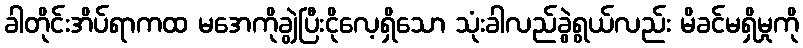
ခါတိုင်းအိပ်ရာကထ မအေကိုချွဲပြီးငိုလေ့ရှိသော သုံးခါလည်ခွဲရွယ်လည်း မိခင်မရှိမှုကို